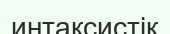
интаксистік